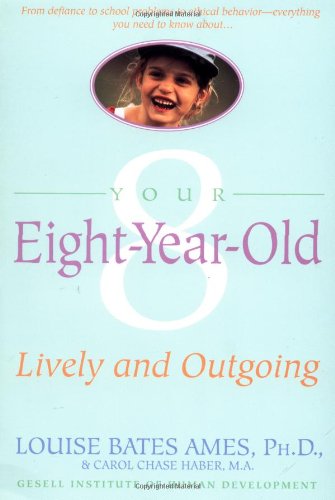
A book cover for Your Eight Year Old: Lively and Outgoing; Louise Bates Ames; Parenting & Relationships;